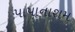
પાપાનાશમ